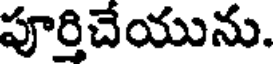
పూర్తిచేయును.